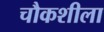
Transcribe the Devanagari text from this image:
चौकशीला